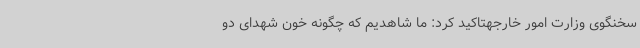
سخنگوی وزارت امور خارجهتاکید کرد: ما شاهدیم که چگونه خون شهدای دو